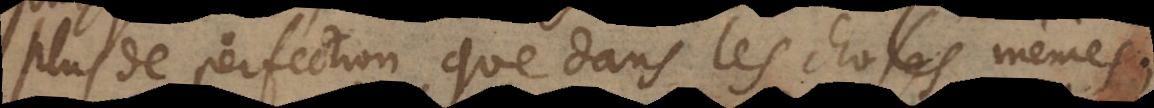
plus de perfection que dans les choses mêmes;